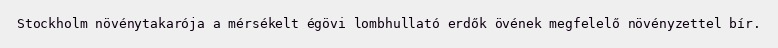
Stockholm növénytakarója a mérsékelt égövi lombhullató erdők övének megfelelő növényzettel bír.